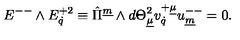
{ E } ^ { -- } \wedge { E } _ { \dot { q } } ^ { + 2 } \equiv \hat { \Pi } ^ { \underline { { m } } } \wedge d { \Theta } _ { \underline { { \mu } } } ^ { 2 } v _ { \dot { q } } ^ { + \underline { { \mu } } } u _ { \underline { { m } } } ^ { -- } = 0 . \qquad